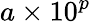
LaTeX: a\times 10^{p}